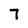
Character: 7